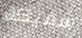
سميكة